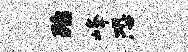
殆峰恐